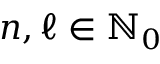
n , \ell \in \ensuremath { \mathbb { N } } _ { 0 }